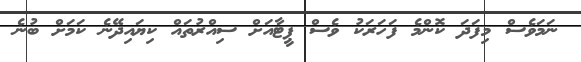
ނަމަވެސް މިފަދަ ކޮންމެ ފަހަރަކު ވެސް ޕީޓާއަށް ސިއްރުތައް ކިޔައިދޭނެ ކަމަށް ބުނެ